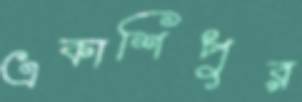
একাশিপুর